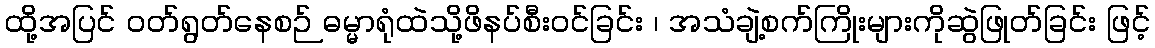
ထို့အပြင် ဝတ်ရွတ်နေစဉ် ဓမ္မာရုံထဲသို့ဖိနပ်စီးဝင်ခြင်း ၊ အသံချဲ့စက်ကြိုးများကိုဆွဲဖြုတ်ခြင်း ဖြင့်